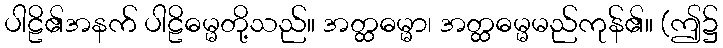
ပါဠိ၏အနက် ပါဠိဓမ္မတို့သည်။ အတ္ထဓမ္မာ၊ အတ္ထဓမ္မမည်ကုန်၏။ (ဤ၌